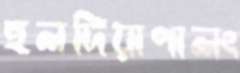
হলদিয়াপালং